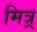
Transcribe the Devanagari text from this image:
मित्र्र